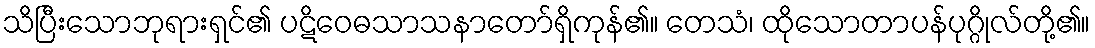
သိပြီးသောဘုရားရှင်၏ ပဋိဝေဓသာသနာတော်ရှိကုန်၏။ တေသံ၊ ထိုသောတာပန်ပုဂ္ဂိုလ်တို့၏။